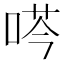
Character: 𫪜